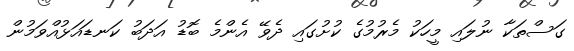
ގަސްތަކާ ނުލައި މީހަކު މެރުމުގެ ކުށުގައި ދެވޭ އެންމެ ބޮޑު އަދަބު ކަނޑައަޅުއްވަމުން